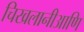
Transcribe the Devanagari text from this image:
चिखलानीआणि